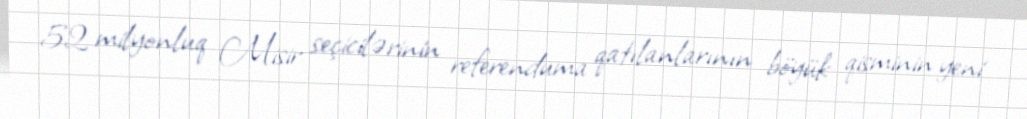
52 milyonluq Misir seçicilərinin referenduma qatılanlarının böyük qisminin yeni